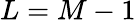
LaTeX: L=M-1